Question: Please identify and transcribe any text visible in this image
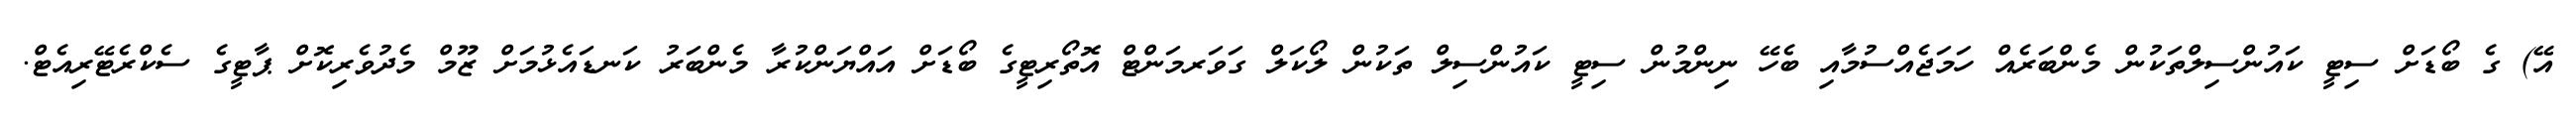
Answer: އޭ) ގެ ބޯޑަށް ސިޓީ ކައުންސިލްތަކުން މެންބަރެއް ހަމަޖެއްސުމާއި ބެހޭ ނިންމުން ސިޓީ ކައުންސިލް ތަކުން ލޯކަލް ގަވަރމަންޓް އޮތޯރިޓީގެ ބޯޑަށް އައްޔަންކުރާ މެންބަރު ކަނޑައެޅުމަށް ޒޫމް މެދުވެރިކޮށް ޕާޓީގެ ސެކްރެޓޭރިއެޓް.